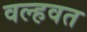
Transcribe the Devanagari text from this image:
वल्हवत